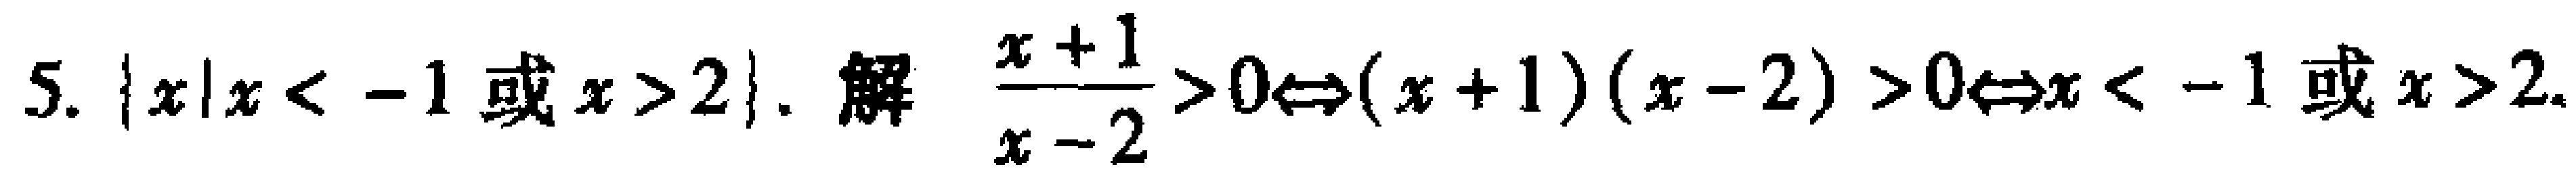
5. $\{x|x < -1\text{ 或 }x > 2\}$. 解 $\frac{x + 1}{x - 2}>0\Leftrightarrow(x + 1)(x - 2)>0\Leftrightarrow x < -1\text{ 或 }x > 2$.